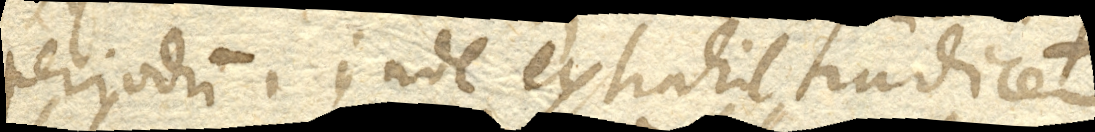
periodum, inde extrahit radicem,